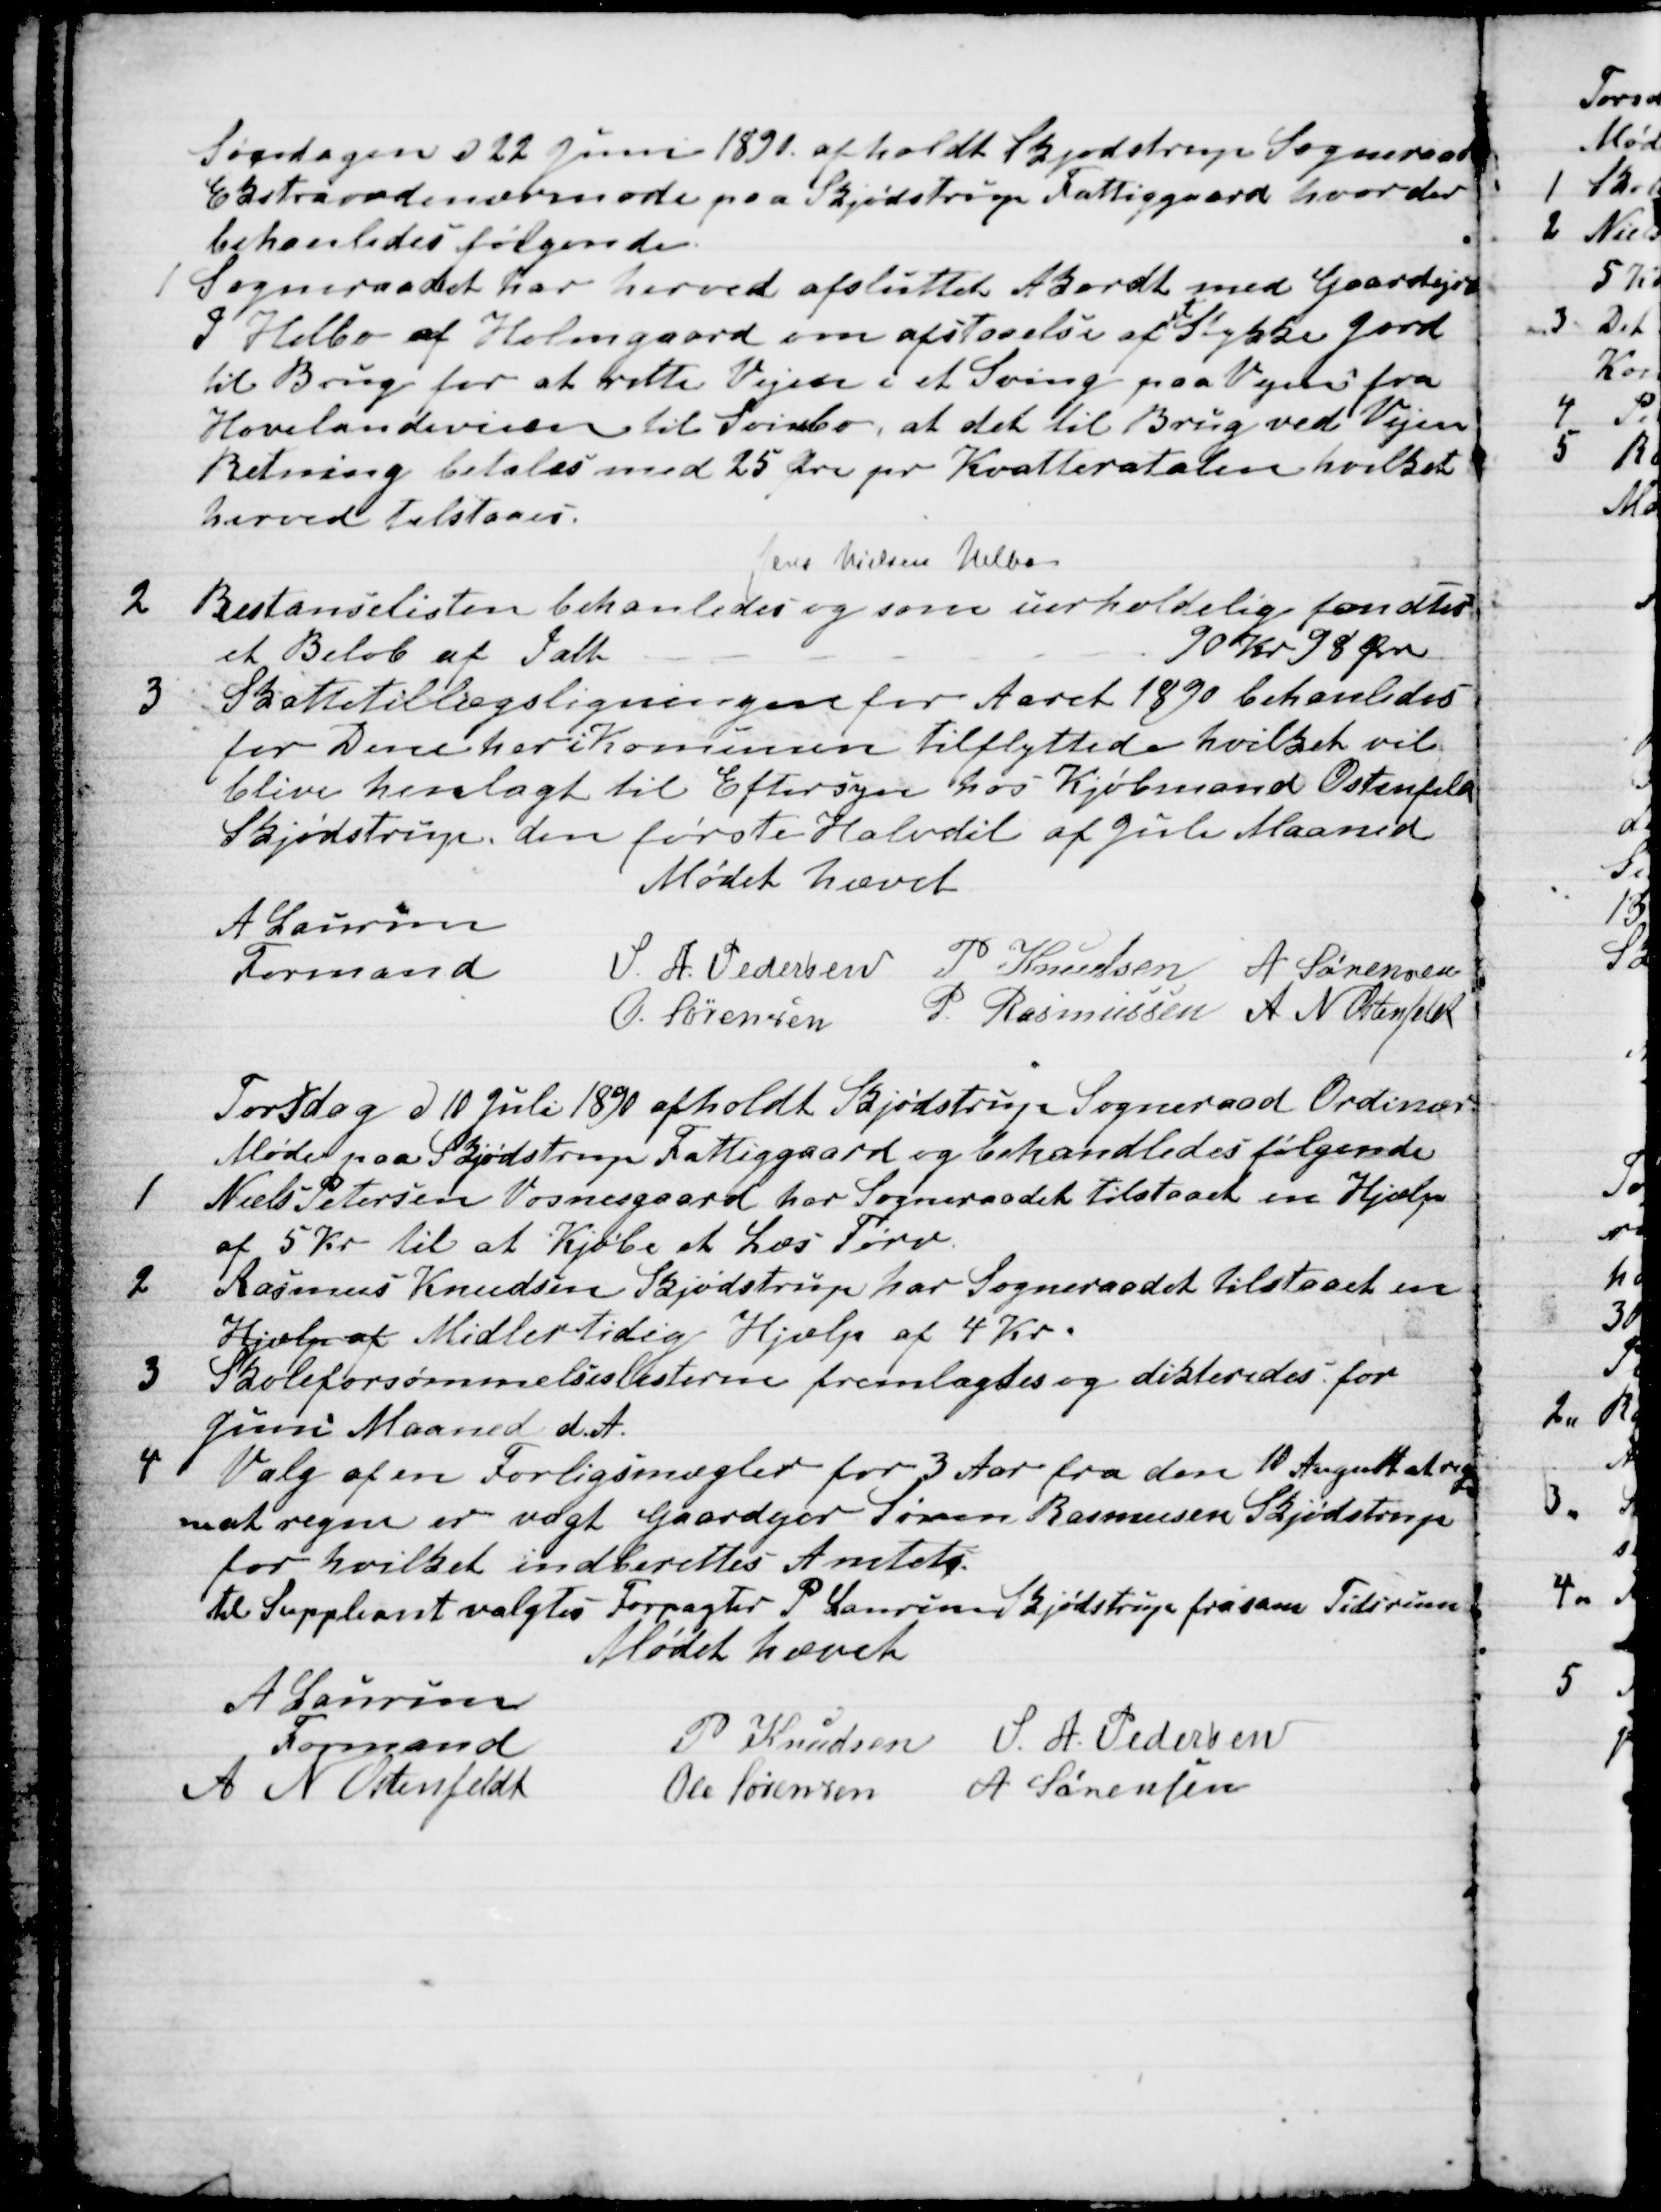
Transskription:
Søndagen d 22 Juni 1890 afholdt Skjødstrup Sogneraad
Ekstraordinærmøde paa Skjødstrup Fattiggaard, hvor der
behandledes følgende.
1 Sogneraadet har herved afsluttet Akordt med Gaardejer
J Helbo af Holmgaard om afstaaelse af 
et
Stykke Jord
til Brug for at rette Vejen i et Sving paa Vejen fra
Hovelandeveien til Svinbo, at det til Brug ved Vejen
Retning betales med 25 Øre pr Kvatteratalen hvilket
herved tilstaaes.
Jens Nielsen Helbo
2
Restancelisten behanledes og som uerholdelig fandtes
et Beløb af Ialt
90 Kr 98 Øre
3
Skattetillægsligningen for Aaret 1890 behanledes
for Dem her i Komunen tilflyttede hvilket vil
blive henlagt til Eftersyn hos Kjøbmand Ostenfeld
Skjødstrup den første Halvdel af Juli Maaned
Mødet hævet
A Laursen
Formand
S. A. Pedersen P Knudsen A Sørensen
O. Sørensen
P. Rasmussen A N Ostenfeldt
Torsdag d 10 Juli 1890 afholdt Skjødstrup Sogneraad Ordinær-
Møde paa Skjødstrup Fattiggaard og behandledes følgende
1
Niels Petersen Vosnesgaard har Sogneraadet tilstaaet en Hjælp
af 5 Kr til at Kjøbe et Læs Tørv.
2
Rasmus Knudsen Skjødstrup har Sogneraadet tilstaaet en
Hjælp af Midlertidig Hjælp af 4 Kr.
3
Skoleforsømmelseslisterne fremlagtes og dikteredes for
Juni Maaned d. A.
4 Valg af en Forligsmægler for 3 Aar fra den 10 August at reg-
ne at regne er vagt Gaardejer Søren Rasmussen Skjødstrup
for hvilket indberettes Amtet.
til Suppleant valgtes Forpagter P Laursen Skjødstrup fra sam Tidsrum
Mødet hævet
A Laursen
Formand
P Knudsen S. A. Pedersen
A N Ostenfeldt
Ole Sørensen A Sørensen